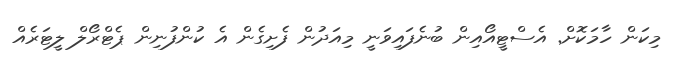
މިކަން ހާމަކޮށް